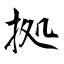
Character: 拠